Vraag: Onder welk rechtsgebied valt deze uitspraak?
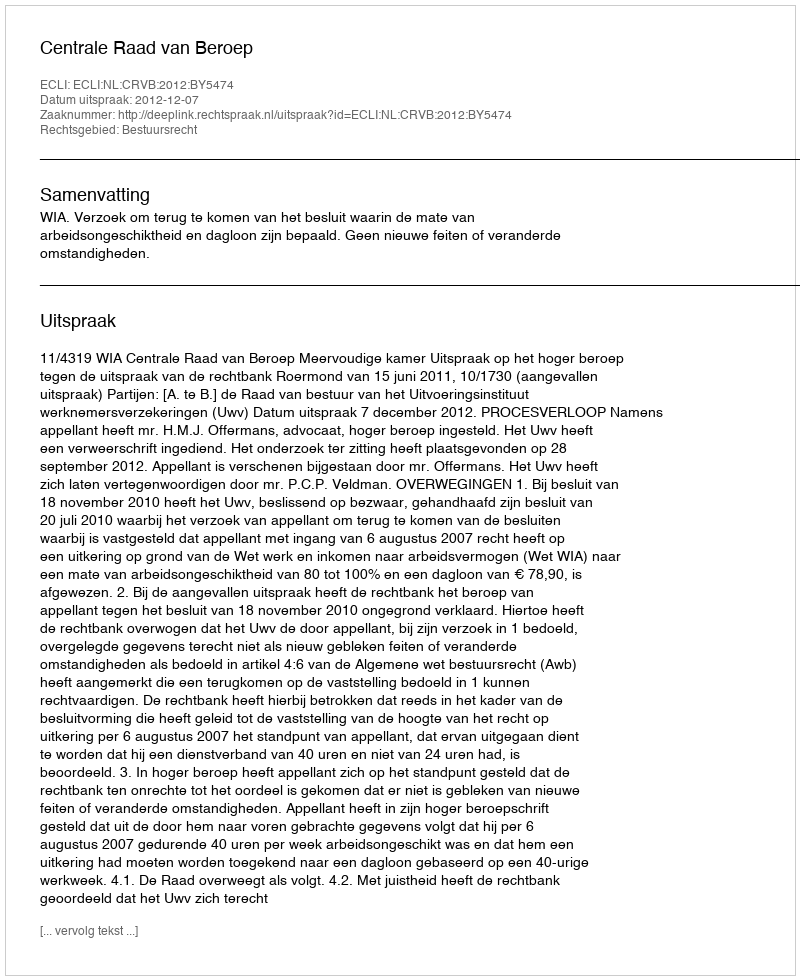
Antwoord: Bestuursrecht